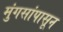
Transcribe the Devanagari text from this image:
मुंगसांपासून